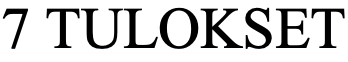
7 TULOKSET